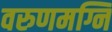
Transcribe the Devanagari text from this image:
वरुणमग्नि